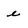
Character: e